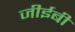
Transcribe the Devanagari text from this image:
जीईबी